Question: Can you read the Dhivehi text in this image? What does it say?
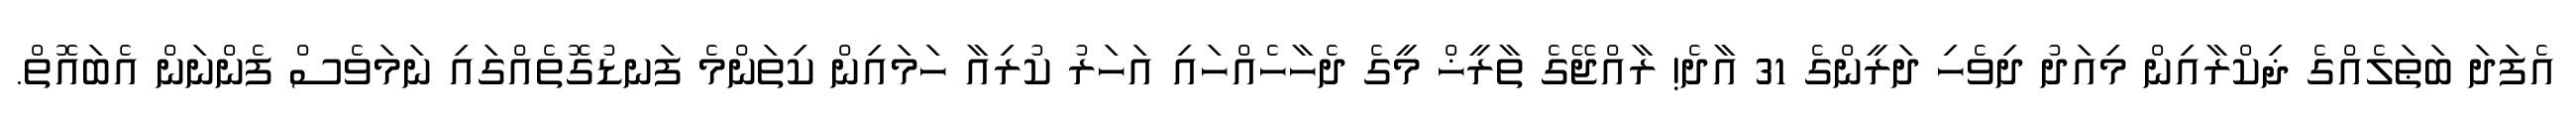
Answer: އެފަދަ ބަޠަލެއްގެ ޛިކްރާއިން މިއަދު ދިވެހި ދަރީންގެ 31 އާދެ! ރާއްޖޭގެ ތާރީޚް މީގެ ދެހާހެއްހައި އަހަރު ކުރިއާ ހަމައިން ކިތަންމެ ފަނޑުގޮތެއްގައި ނަމަވެސް ފެންނަން އެބައޮތް.